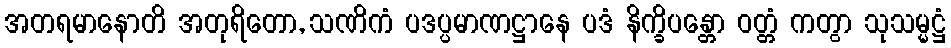
အတရမာနောတိ အတုရိတော, သဏိကံ ပဒပ္ပမာဏဋ္ဌာနေ ပဒံ နိက္ခိပန္တော ဝတ္တံ ကတွာ သုသမ္မဋ္ဌံ